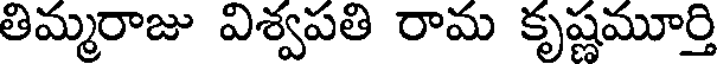
తిమ్మరాజు విశ్వపతి రామ కృష్ణమూర్తి